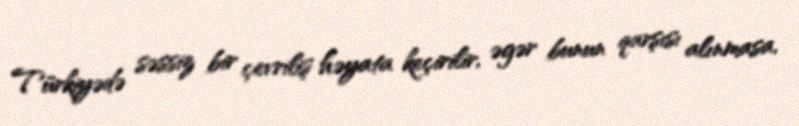
Türkiyədə səssiz bir çevriliş həyata keçirilir, əgər bunun qarşısı alınmasa,